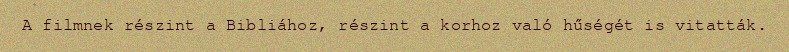
A filmnek részint a Bibliához, részint a korhoz való hűségét is vitatták.